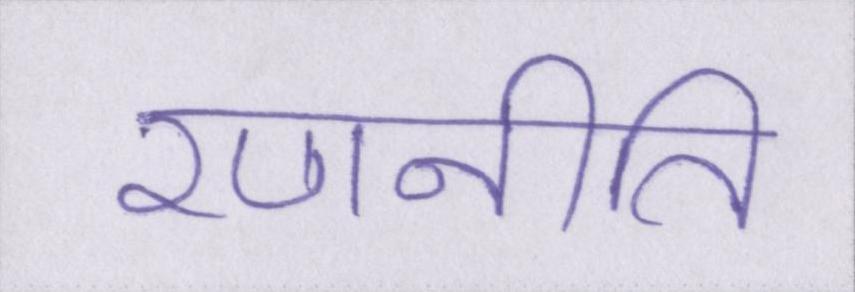
रणनीति